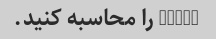
34*65 را محاسبه کنید.